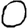
Digit: 0